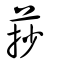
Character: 莏